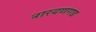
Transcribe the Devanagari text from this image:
नारयणगढ